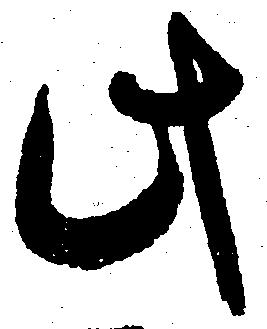
此